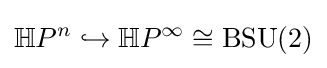
\mathbb {H} P^{n}\hookrightarrow \mathbb {H} P^{\infty }\cong \operatorname {BSU} (2)